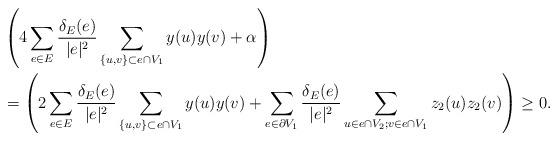
LaTeX: \begin{align*} &\left(4\sum_{e\in E}\frac{\delta_E(e)}{|e|^2}\sum\limits_{\{u,v\}\subset e\cap V_1}y(u)y(v)+\alpha\right) \\&=\left(2\sum_{e\in E}\frac{\delta_E(e)}{|e|^2}\sum\limits_{\{u,v\}\subset e\cap V_1}y(u)y(v)+\sum_{e\in \partial V_1}\frac{\delta_E(e)}{|e|^2}\sum\limits_{u\in e\cap V_2;v\in e\cap V_1}z_2(u)z_2(v)\right)\ge 0.\end{align*}